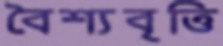
বৈশ্যবৃত্তি